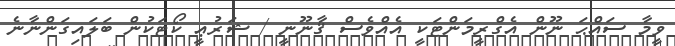
ވީމާ ސައްޙަ ނޫން އެގްރީމަންޓަކީ އެއްވެސް ޤާނޫނީ / ޝަރުޢީ ކޯޓަކުން ބަލައިގަންނާނެ